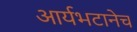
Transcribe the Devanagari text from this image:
आर्यभटानेच